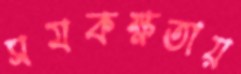
সমকক্ষতায়